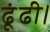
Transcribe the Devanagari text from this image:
ढूंढी।